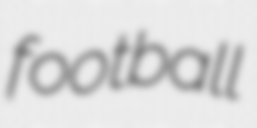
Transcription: football